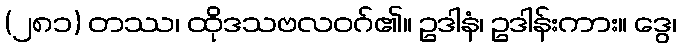
(၂၈၁) တဿ၊ ထိုဒသဗလဝဂ်၏။ ဥဒါနံ၊ ဥဒါန်းကား။ ဒွေ၊